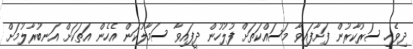
ދިވެހި ސަރުކާރުން ފަށާފައިވާ މަސައްކަތަށް ފުލުހުން ދީފައިވާ ސަމާލުކަން އެހެން އަތަކަށް އަނބުރާލުމަށް